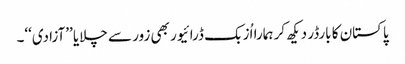
پاکستان کا بارڈر دیکھ کر ہمارا اُزبک ڈرائیور بھی زور سے چلایا ’’آزادی‘‘۔